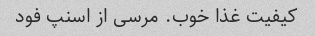
کیفیت غذا خوب. مرسی از اسنپ فود